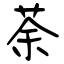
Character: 荼